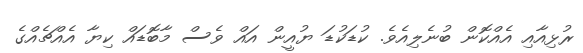
ރުޅިއާއި އެއްކޮން ބުނެލިއެވެ. ކުޑަކުޑަ ޔުއީން އައް ވެސް މާބޮޑައް ކިޔާ އެއްޗެއްގެ